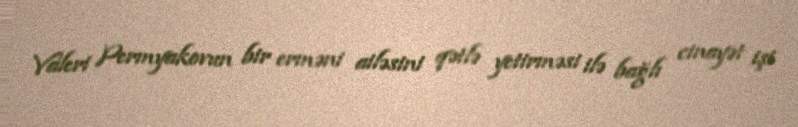
Valeri Permyakovun bir erməni ailəsini qətlə yetirməsi ilə bağlı cinayət işi